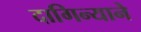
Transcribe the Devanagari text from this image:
दागिन्याने